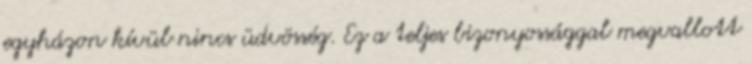
egyházon kívül nincs üdvösség. Ez a teljes bizonyossággal megvallott